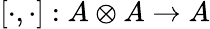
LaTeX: [\cdot,\cdot]:A\otimes A\rightarrow A